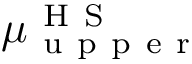
\mu _ { \mathrm { ~ u ~ p ~ p ~ e ~ r ~ } } ^ { \mathrm { ~ H ~ S ~ } }